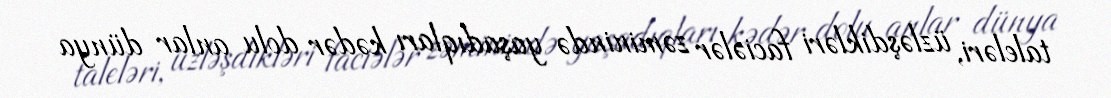
taleləri, üzləşdikləri faciələr zəminində yaşadıqları kədər dolu anlar dünya